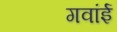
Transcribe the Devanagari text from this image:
गवांई